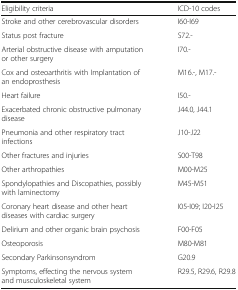
<table><thead><tr><td><b>Eligibility criteria</b></td><td><b>ICD-10 codes</b></td></tr></thead><tbody><tr><td>Stroke and other cerebrovascular disorders</td><td>I60-I69</td></tr><tr><td>Status post fracture</td><td>S72.-</td></tr><tr><td>Arterial obstructive disease with amputation or other surgery</td><td>I70.-</td></tr><tr><td>Cox and osteoarthritis with Implantation of an endoprosthesis</td><td>M16.-, M17.-</td></tr><tr><td>Heart failure</td><td>I50.-</td></tr><tr><td>Exacerbated chronic obstructive pulmonary disease</td><td>J44.0, J44.1</td></tr><tr><td>Pneumonia and other respiratory tract infections</td><td>J10-J22</td></tr><tr><td>Other fractures and injuries</td><td>S00-T98</td></tr><tr><td>Other arthropathies</td><td>M00-M25</td></tr><tr><td>Spondylopathies and Discopathies, possibly with laminectomy</td><td>M45-M51</td></tr><tr><td>Coronary heart disease and other heart diseases with cardiac surgery</td><td>I05-I09; I20-I25</td></tr><tr><td>Delirium and other organic brain psychosis</td><td>F00-F05</td></tr><tr><td>Osteoporosis</td><td>M80-M81</td></tr><tr><td>Secondary Parkinsonsyndrom</td><td>G20.9</td></tr><tr><td>Symptoms, effecting the nervous system and musculoskeletal system</td><td>R29.5, R29.6, R29.8</td></tr></tbody></table>